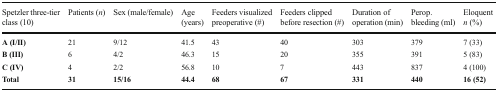
<table><thead><tr><td><b>Spetzler three-tier class (10)</b></td><td><b>Patients (<i>n</i>)</b></td><td><b>Sex (male/female)</b></td><td><b>Age (years)</b></td><td><b>Feeders visualized preoperative (#)</b></td><td><b>Feeders clipped before resection (#)</b></td><td><b>Duration of operation (min)</b></td><td><b>Perop. bleeding (ml)</b></td><td><b>Eloquent<i> n</i> (%)</b></td></tr></thead><tbody><tr><td><b>A (I/II)</b></td><td>21</td><td>9/12</td><td>41.5</td><td>43</td><td>40</td><td>303</td><td>379</td><td>7 (33)</td></tr><tr><td><b>B (III)</b></td><td>6</td><td>4/2</td><td>46.3</td><td>15</td><td>20</td><td>355</td><td>391</td><td>5 (83)</td></tr><tr><td><b>C (IV)</b></td><td>4</td><td>2/2</td><td>56.8</td><td>10</td><td>7</td><td>443</td><td>837</td><td>4 (100)</td></tr><tr><td><b>Total</b></td><td><b>31</b></td><td><b>15/16</b></td><td><b>44.4</b></td><td><b>68</b></td><td><b>67</b></td><td><b>331</b></td><td><b>440</b></td><td><b>16 (52)</b></td></tr></tbody></table>